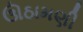
ઊઠામણી